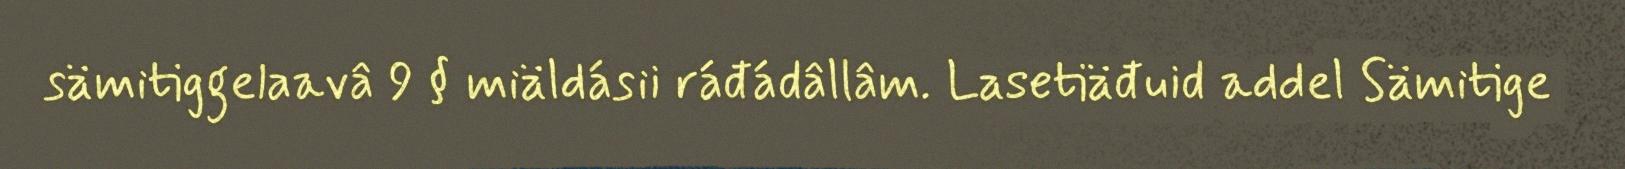
sämitiggelaavâ 9 § miäldásii ráđádâllâm. Lasetiäđuid addel Sämitige